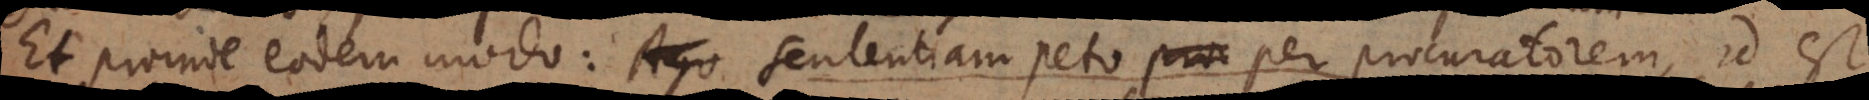
Et proinde eodem modo: Ago sententiam peto per procuratorem, id est